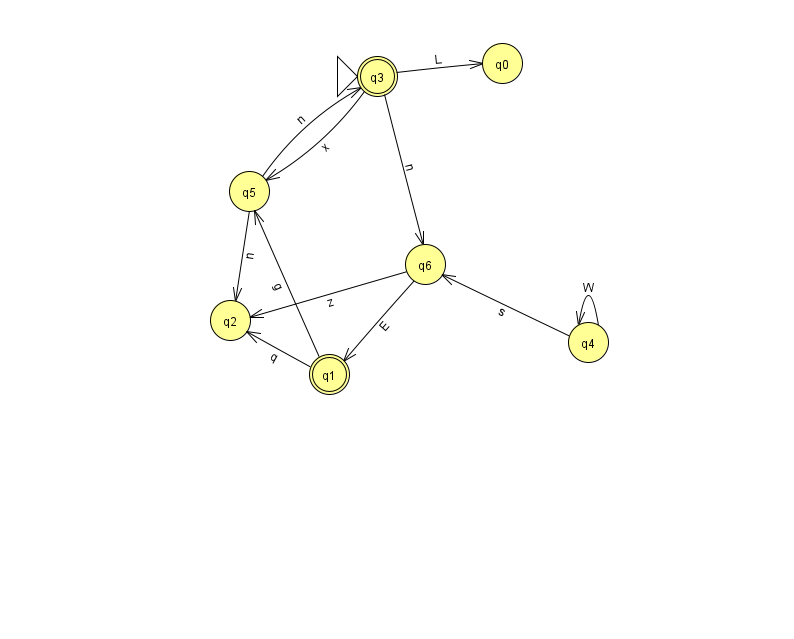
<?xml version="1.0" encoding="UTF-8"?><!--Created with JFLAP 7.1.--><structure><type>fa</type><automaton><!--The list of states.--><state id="0" name="q0"><x>502.0</x><y>50.0</y></state><state id="1" name="q1"><x>329.0</x><y>361.0</y><final/></state><state id="2" name="q2"><x>230.0</x><y>307.0</y></state><state id="3" name="q3"><x>377.0</x><y>63.0</y><initial/><final/></state><state id="4" name="q4"><x>588.0</x><y>329.0</y></state><state id="5" name="q5"><x>249.0</x><y>178.0</y></state><state id="6" name="q6"><x>425.0</x><y>251.0</y></state><!--The list of transitions.--><transition><from>3</from><to>5</to><read>x</read></transition><transition><from>1</from><to>2</to><read>q</read></transition><transition><from>3</from><to>0</to><read>L</read></transition><transition><from>1</from><to>5</to><read>g</read></transition><transition><from>6</from><to>2</to><read>z</read></transition><transition><from>5</from><to>3</to><read>n</read></transition><transition><from>4</from><to>4</to><read>W</read></transition><transition><from>4</from><to>6</to><read>s</read></transition><transition><from>3</from><to>6</to><read>n</read></transition><transition><from>6</from><to>1</to><read>E</read></transition><transition><from>5</from><to>2</to><read>n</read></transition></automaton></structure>